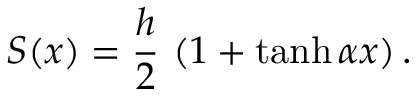
S ( x ) = \frac { h } { 2 } \, \left( 1 + \operatorname { t a n h } \alpha x \right) .